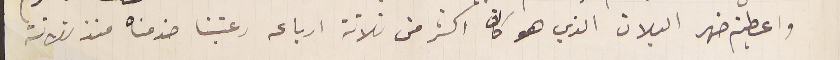
واعطيتم ضهر البلان الذي هو كان اكثر من ثلاثة ارباعه رعيتنا خدمناه منذ ثلاثة